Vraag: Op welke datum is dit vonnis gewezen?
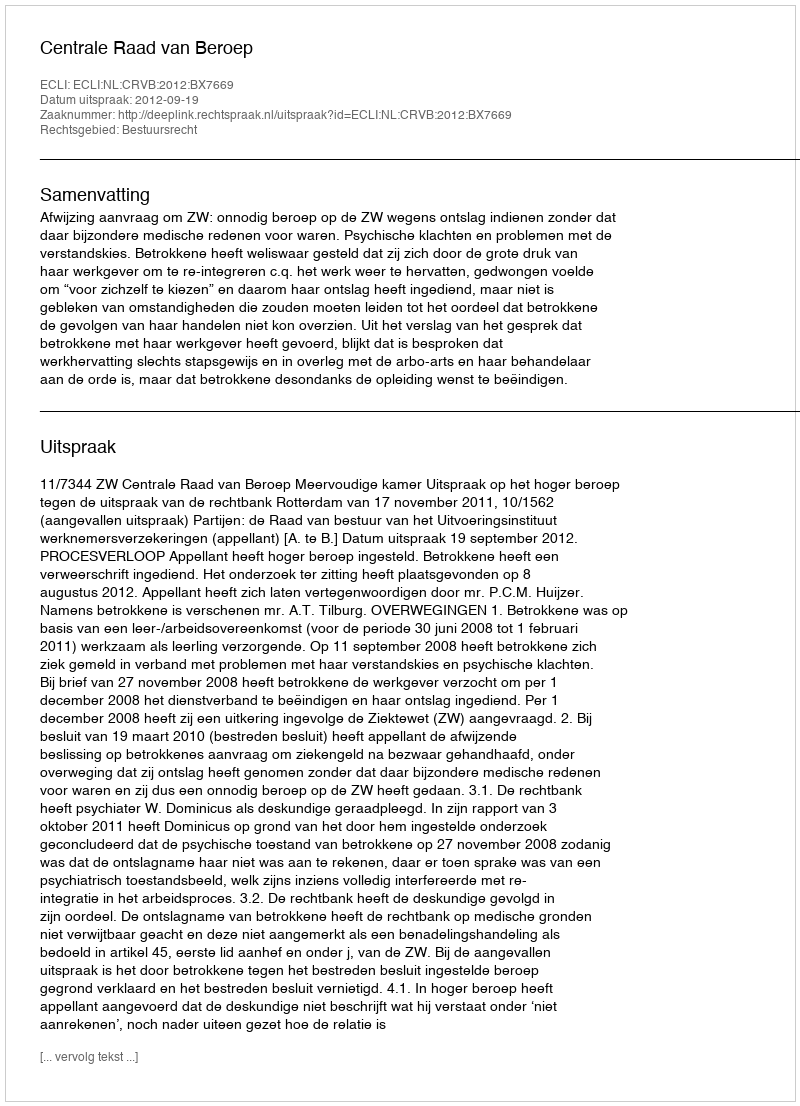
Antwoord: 2012-09-19